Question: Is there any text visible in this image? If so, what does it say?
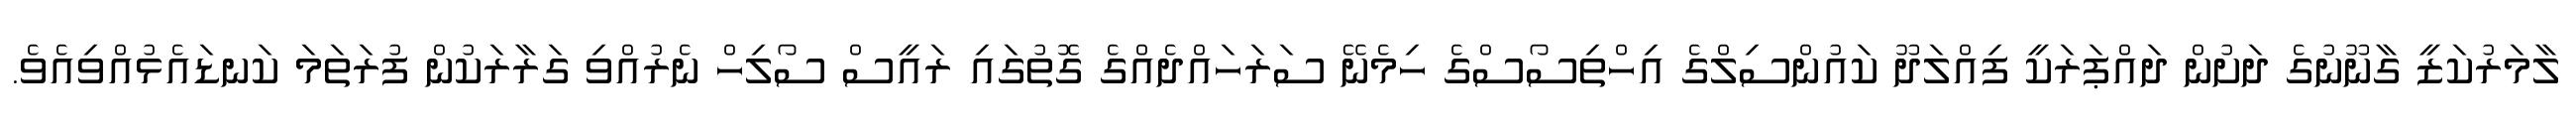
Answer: ލާމަރުކަޒީ ގާނޫނުގެ ދަށުން ދައްޕަރަކީ ފިއްލަދޫ ކައުންސިލްގެ އިހްތިސޯސްގެ ހިމެނޭ ސަރަހައްދެއްގެ ގޮތުގައި ރައީސް ސޯލިހް ނެރުއްވި ގަރާރަކުން ފުރަތަމަ ކަނޑައެޅުއްވިއެވެ.